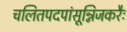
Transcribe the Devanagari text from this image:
चलितपदपांसून्निजकरैः